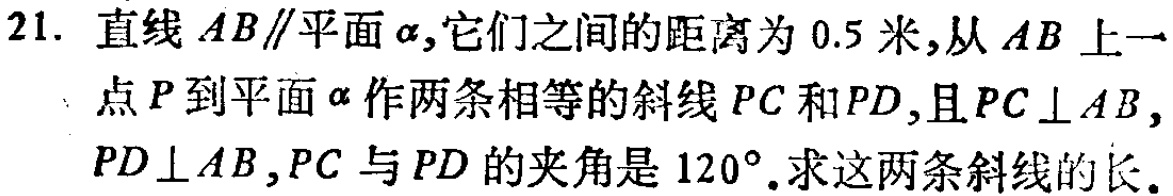
21. 直线 \(AB\parallel\)平面\(\alpha\),它们之间的距离为 \(0.5\)米,从 \(AB\)上一点\(P\)到平面\(\alpha\)作两条相等的斜线 \(PC\)和\(PD\),且\(PC\perp AB\), \(PD\perp AB\), \(PC\)与 \(PD\)的夹角是 \(120^{\circ}\).求这两条斜线的长.